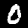
Digit: 0